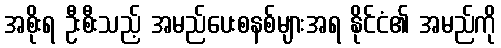
အစိုးရ ဦးစီးသည့် အမည်ပေးစနစ်များအရ နိုင်ငံ၏ အမည်ကို